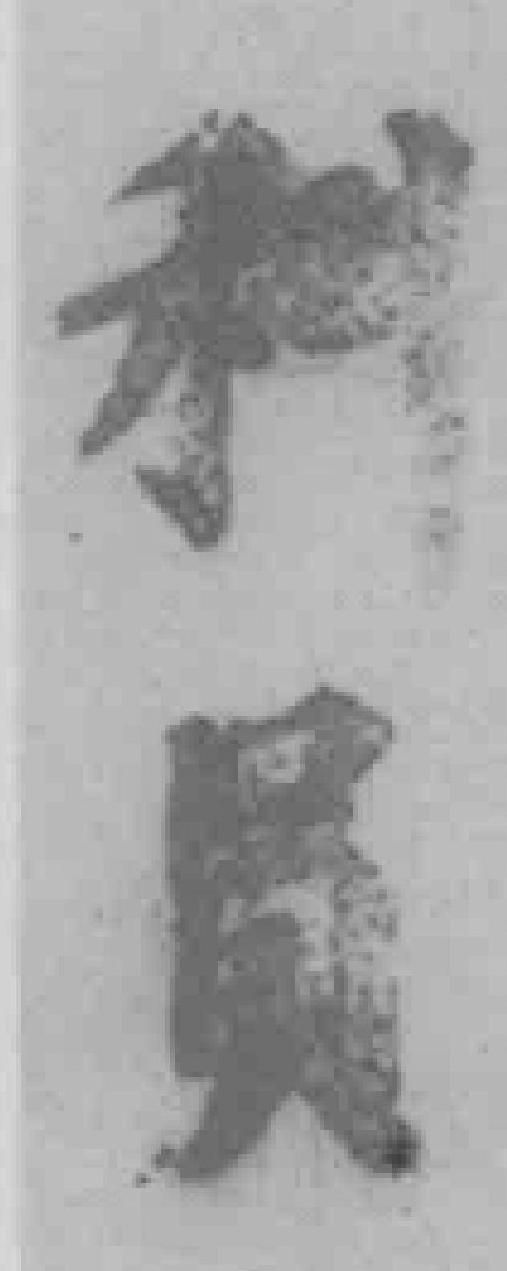
科员